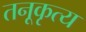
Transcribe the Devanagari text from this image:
तनूकृत्य